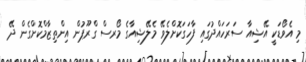
މި އެވޯޑަކީ އޭޝިއާ ސަރަހައްދުގައި ފާހަގަކޮށްލެވޭ މެލޭޝިއާގެ މޯރސް ގްރޫޕުން އިންތިޒާމްކޮށްގެން ދޭ